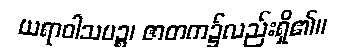
ယရာဝါသပဉ္စ၊ ဇာတက၌လည်းရှိ၏။